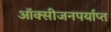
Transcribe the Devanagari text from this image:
ऑक्सीजनपर्याप्त